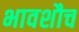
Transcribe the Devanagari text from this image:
भावशौच